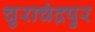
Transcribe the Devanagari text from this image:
चुराचंद्रपुर